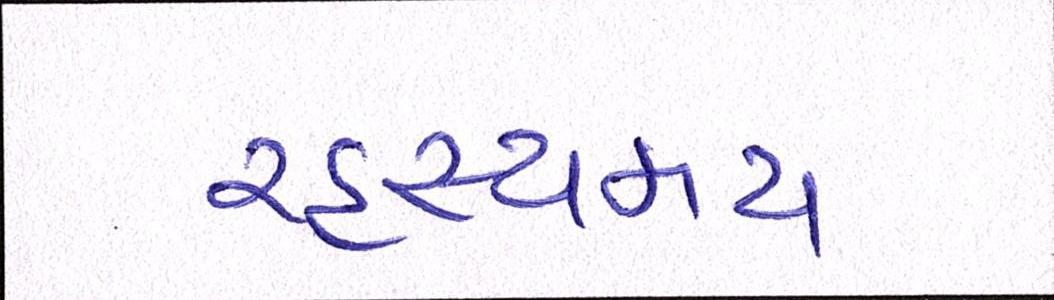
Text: રહસ્યમય